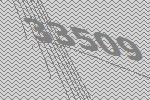
33509